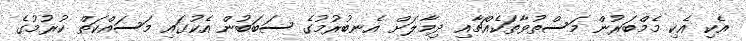
އެކި އެކި މެމްބަރުން މަސްތުވާތަކެއްޗާއި ދިމާލަށް އެނބުރުމުގެ ސަބަބުން އެކުގައި މަސައްކަތް ކުރުމުގެ